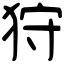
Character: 狩